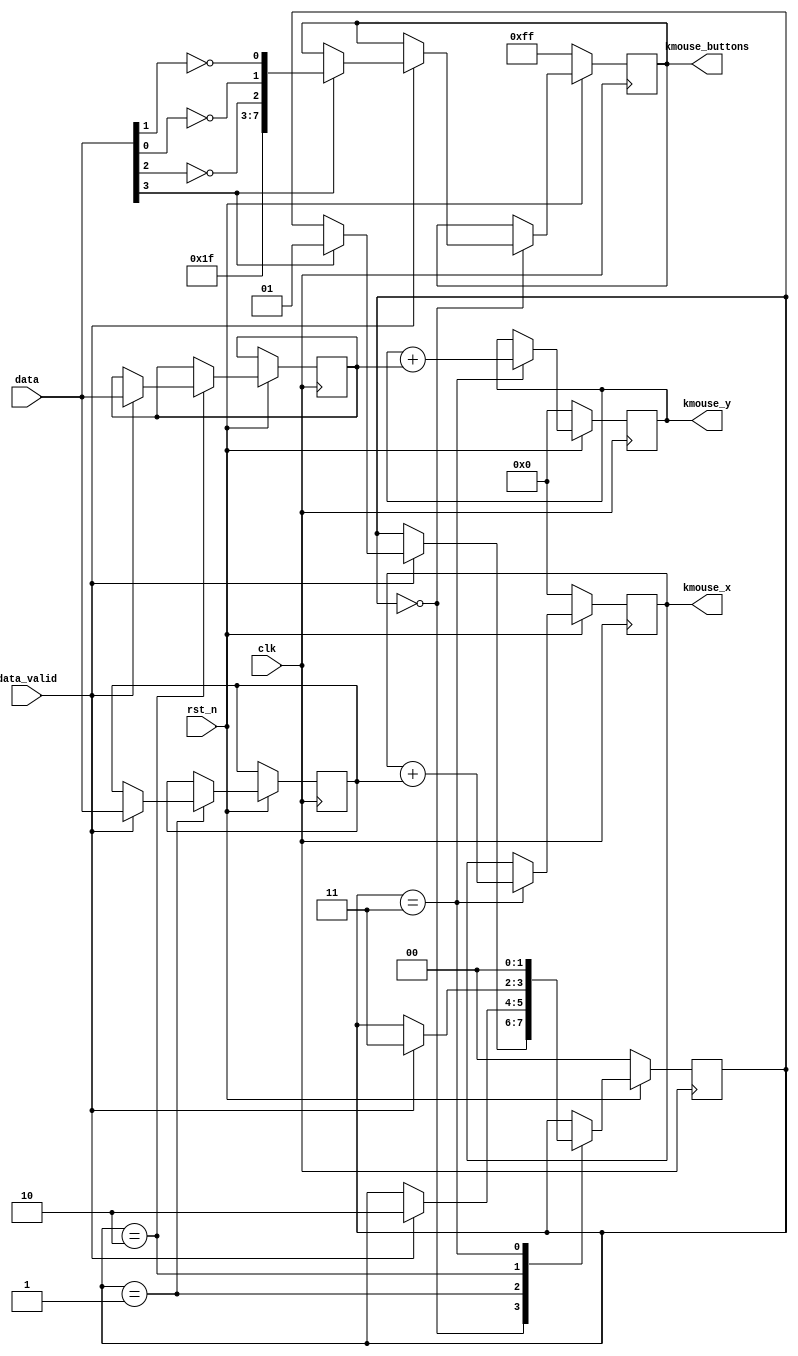
`timescale 1ns / 1ps
`default_nettype none

//////////////////////////////////////////////////////////////////////////////////
// Company: 
// Engineer: 
// 
// Design Name: 
// Module Name:    ps2mouse_to_kmouse 
// Project Name: 
// Target Devices: 
// Tool versions: 
// Description: 
//
// Dependencies: 
//
// Revision: 
// Revision 0.01 - File Created
// Additional Comments: 
//
//////////////////////////////////////////////////////////////////////////////////
module ps2mouse_to_kmouse (
    input wire clk,
    input wire rst_n,
    input wire [7:0] data,
    input wire data_valid,
    output reg [7:0] kmouse_x,
    output reg [7:0] kmouse_y,
    output reg [7:0] kmouse_buttons
    );
    
    parameter FIRST_FRAME     = 2'd0,
              SECOND_FRAME    = 2'd1,
              THIRD_FRAME     = 2'd2,
              CALCULATE_NEWXY = 2'd3;
    
    initial begin
        kmouse_x = 8'h00;
        kmouse_y = 8'h00;
        kmouse_buttons = 8'hFF;
    end    
    
    reg [7:0] deltax, deltay;
    reg [1:0] state = FIRST_FRAME;
    
    always @(posedge clk) begin
        if (rst_n == 1'b0) begin
            kmouse_x <= 8'h00;
            kmouse_y <= 8'h00;
            kmouse_buttons <= 8'hFF;
            state <= FIRST_FRAME;
        end
        else begin
            case (state)
                FIRST_FRAME: 
                    if (data_valid == 1'b1) begin
                        if (data[3] == 1'b1) begin
                            kmouse_buttons <= {5'b11111,~data[2],~data[0],~data[1]};
                            state <= SECOND_FRAME;                            
                        end
                    end
                SECOND_FRAME:
                    if (data_valid == 1'b1) begin
                        deltax <= data;
                        state <= THIRD_FRAME;
                    end
                THIRD_FRAME:
                    if (data_valid == 1'b1) begin
                        deltay <= data;
                        state <= CALCULATE_NEWXY;
                    end
                CALCULATE_NEWXY:
                    begin
                        kmouse_x <= kmouse_x + deltax;
                        kmouse_y <= kmouse_y + deltay;
                        state <= FIRST_FRAME;
                    end
            endcase
        end
    end
endmodule